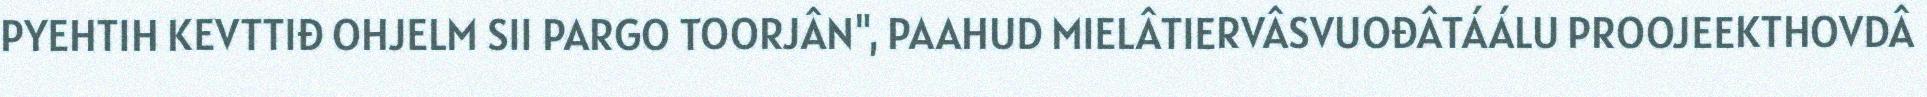
PYEHTIH KEVTTIĐ OHJELM SII PARGO TOORJÂN", PAAHUD MIELÂTIERVÂSVUOĐÂTÁÁLU PROOJEEKTHOVDÂ